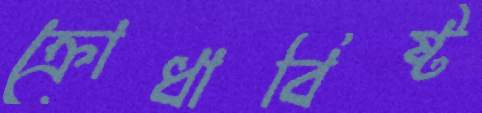
ক্রোধাবিষ্ট